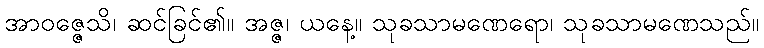
အာဝဇ္ဇေသိ၊ ဆင်ခြင်၏။ အဇ္ဇ၊ ယနေ့။ သုခသာမဏေရော၊ သုခသာမဏေသည်။